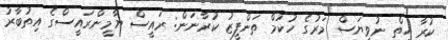
ކުރާ ހިތް ނުވިޔަސް މަރުގެ ހުކުމް ތަންފީޒު ކުރާނަން: ރައީސް ޔާމީންރައީސްގެ އިތުބާރު